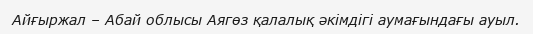
Айғыржал – Абай облысы Аягөз қалалық әкімдігі аумағындағы ауыл.